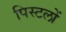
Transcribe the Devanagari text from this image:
पिस्टलों